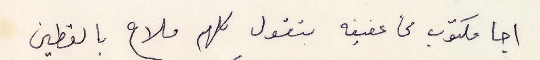
اجا مكتوب من عفيفه بتقول كلهم ملاح بالقطين